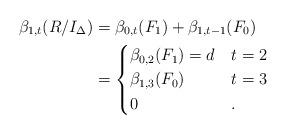
LaTeX: \begin{align*}\beta_{1, t} (R/I_{\Delta}) & = \beta_{0, t} (F_1) + \beta_{1, t-1} (F_0) \\& = \begin{cases}\beta_{0, 2} (F_1) = d & t = 2 \\\beta_{1, 3} (F_0) & t = 3 \\0 & .\end{cases}\end{align*}